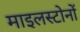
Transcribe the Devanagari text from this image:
माइलस्टोनों